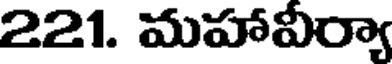
221. మహావీర్యా